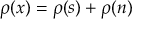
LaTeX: \rho ( x ) = \rho ( s ) + \rho ( n )